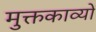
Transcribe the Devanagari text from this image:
मुक्तकाव्यों